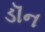
ડૉન